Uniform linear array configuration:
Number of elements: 32
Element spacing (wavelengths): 0.5
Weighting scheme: binomial
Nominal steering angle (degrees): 45
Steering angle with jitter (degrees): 44.092
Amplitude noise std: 0.05
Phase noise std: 0.05

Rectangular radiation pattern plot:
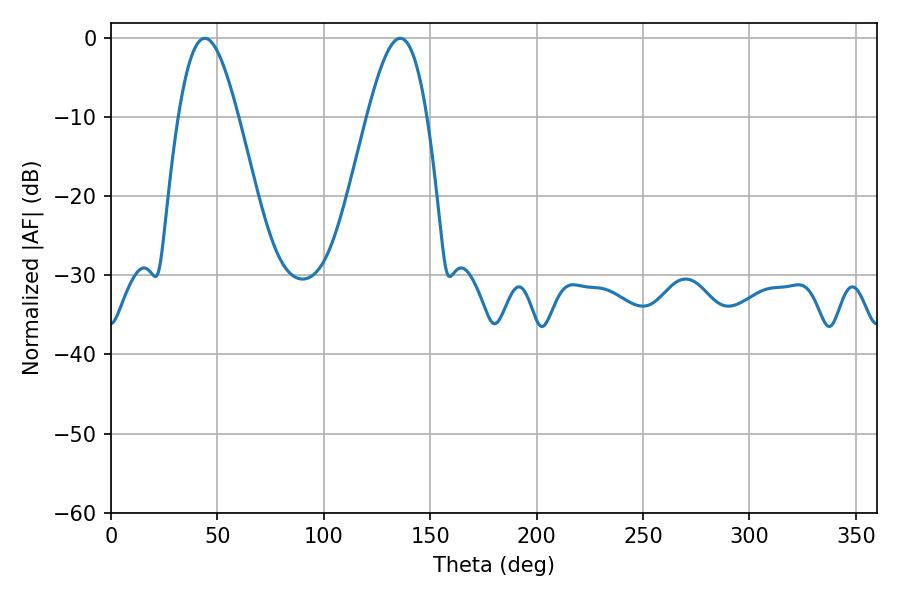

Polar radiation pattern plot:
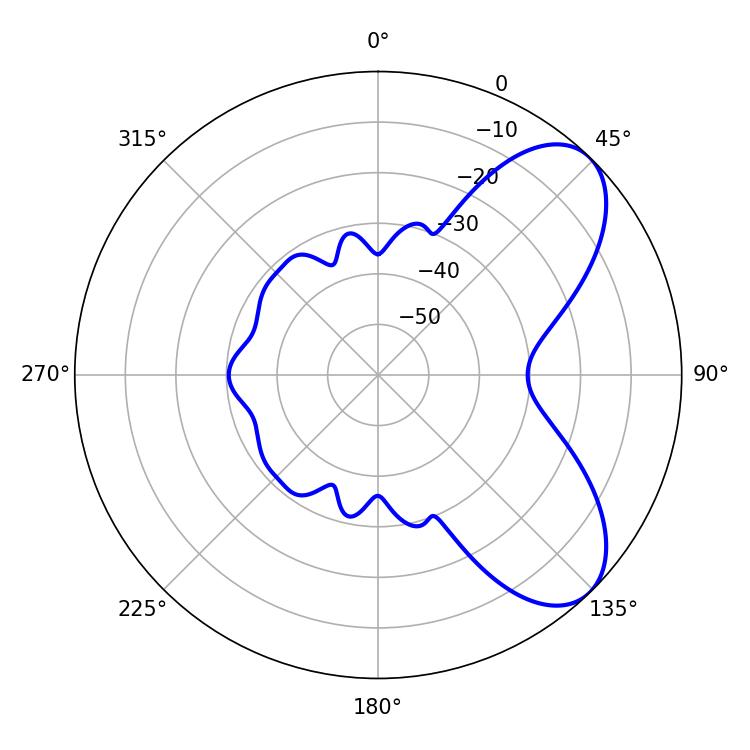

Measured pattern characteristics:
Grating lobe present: FALSE
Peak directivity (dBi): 6.929
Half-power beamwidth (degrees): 15.12
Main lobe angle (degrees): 44.1